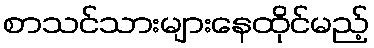
စာသင်သားများနေထိုင်မည့်